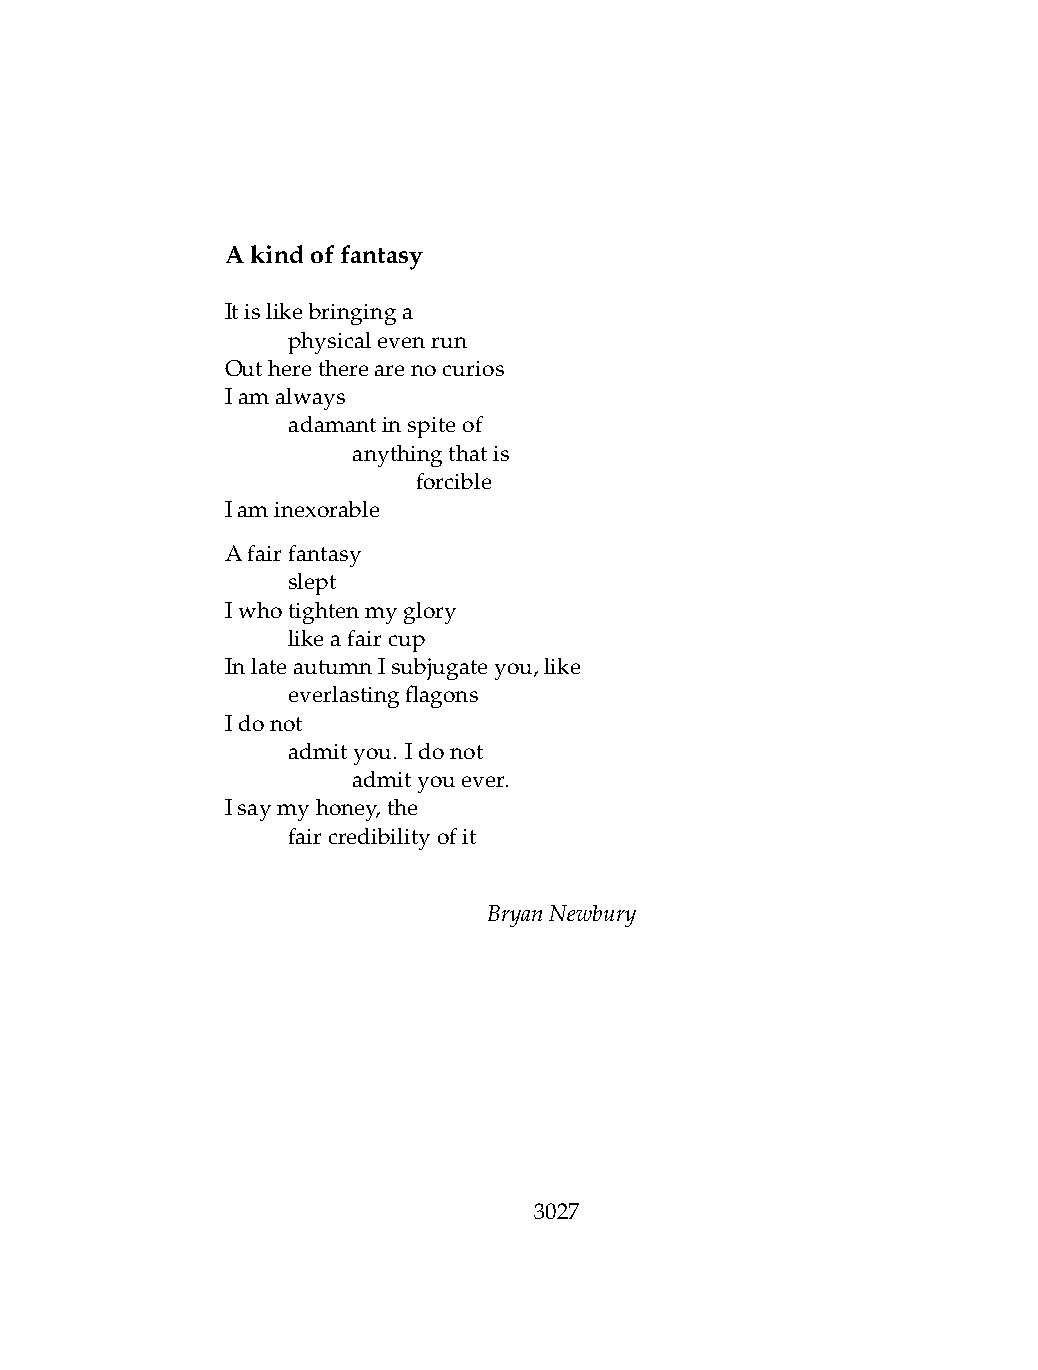
Akindoffantasy
 Itislikebringinga
 .   physicalevenrun
 Outheretherearenocurios
 Iamalways
 .   adamantinspiteof
 .   .   anythingthatis
 .   .   .    forcible
 Iaminexorable
 Afairfantasy
 .   slept
 Iwhotightenmyglory
 .   likeafaircup
 InlateautumnIsubjugateyou,like
 .   everlastingflagons
 Idonot
 .   admityou. Idonot
 .   .   admityouever.
 Isaymyhoney,the
 .   faircredibilityofit
 BryanNewbury
 3027